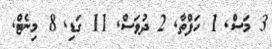
3 މަސް